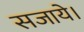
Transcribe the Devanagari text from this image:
सजाये।